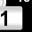
Digit: 1